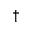
^ { \dagger }